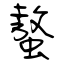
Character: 螯